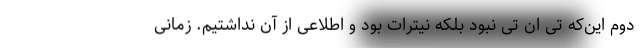
دوم این‌که تی ان تی نبود بلکه نیترات بود و اطلاعی از آن نداشتیم. زمانی